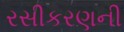
રસીકરણની